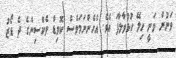
ވަނުން ވަނީ ހިލޭ ހުޅުވާލާފަ އެވެ. އެހެންނަމަވެސް ކޮވިޑް ވެކްސިންގެ ދެ ޑޯޒު